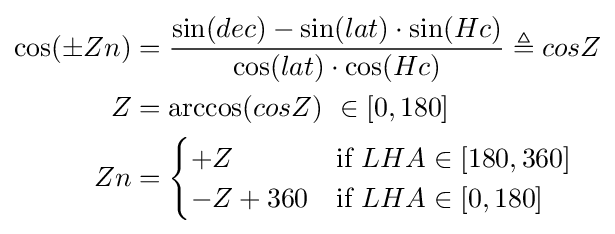
{\begin{aligned}\cos(\pm Zn)&={\frac {\sin(dec)-\sin(lat)\cdot \sin(Hc)}{\cos(lat)\cdot \cos(Hc)}}\triangleq cosZ\\Z&=\arccos(cosZ){\text{   }}\in [0,180]\\Zn&={\begin{cases}+Z&{\text{if }}LHA\in [180,360]\\-Z+360&{\text{if }}LHA\in [0,180]\\\end{cases}}\\\end{aligned}}